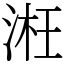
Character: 㳹